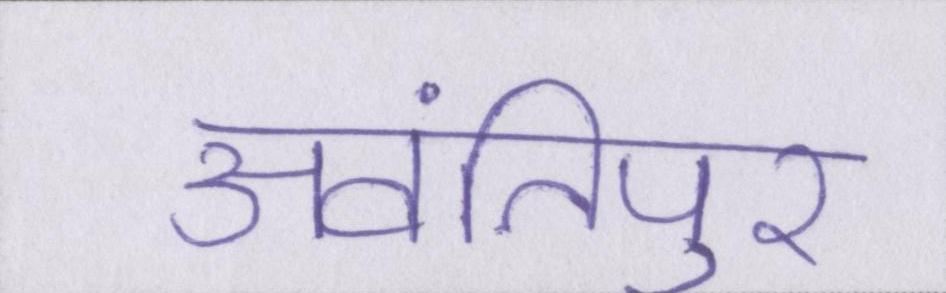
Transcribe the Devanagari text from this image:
अवंतिपुर